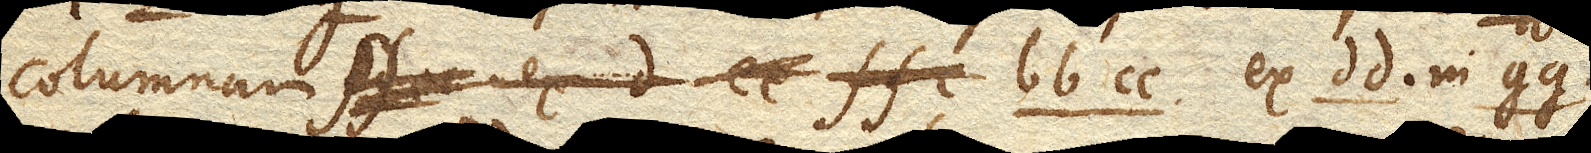
columnam bb cc. ex dd. in gg.